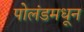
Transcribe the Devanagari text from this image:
पोलंडमधून